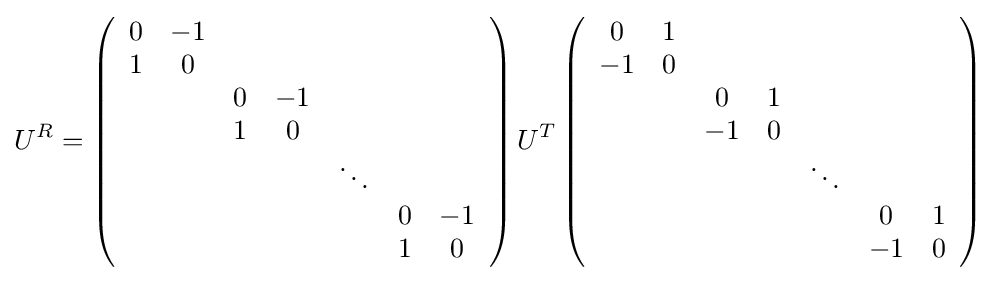
U^{R}=\left({\begin{array}{ccccccc}0&-1&&&&&\\1&0&&&&&\\&&0&-1&&&\\&&1&0&&&\\&&&&\ddots &&\\&&&&&0&-1\\&&&&&1&0\end{array}}\right)U^{T}\left({\begin{array}{ccccccc}0&1&&&&&\\-1&0&&&&&\\&&0&1&&&\\&&-1&0&&&\\&&&&\ddots &&\\&&&&&0&1\\&&&&&-1&0\end{array}}\right)~